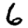
Digit: 6